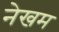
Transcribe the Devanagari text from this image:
नेखम